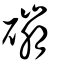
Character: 磞